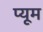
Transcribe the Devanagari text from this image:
प्यूम